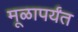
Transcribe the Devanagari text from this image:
मूळापर्यंत